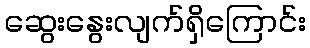
ဆွေးနွေးလျက်ရှိကြောင်း